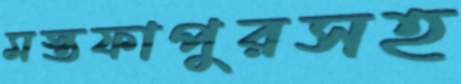
মস্তফাপুরসহ